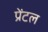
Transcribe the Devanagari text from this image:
प्रेंटल